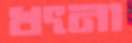
খৎনা